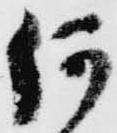
何